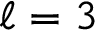
\ell = 3